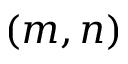
( m , n )